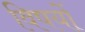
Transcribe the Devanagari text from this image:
विषयाें